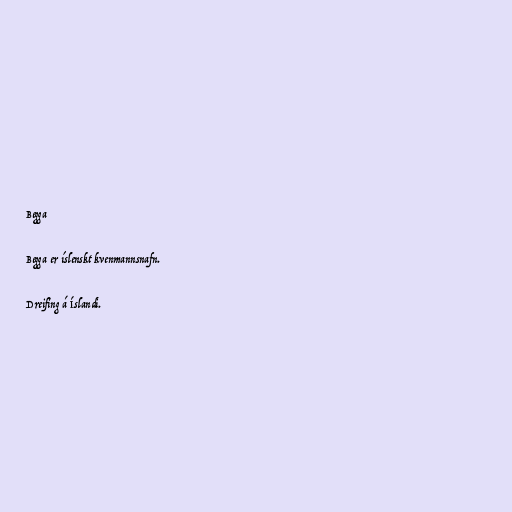
Begga

Begga er íslenskt kvenmannsnafn.

Dreifing á Íslandi.